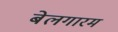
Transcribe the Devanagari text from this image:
बेलगारम